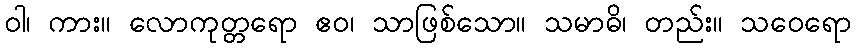
ဝါ၊ ကား။ လောကုတ္တရော ဧဝ၊ သာဖြစ်သော။ သမာဓိ၊ တည်း။ သဝေရော